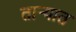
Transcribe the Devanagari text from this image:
तार्‍यात